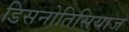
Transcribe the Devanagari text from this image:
डिसनोतिसियाज